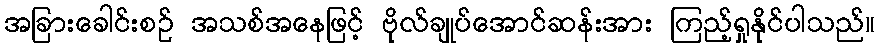
အခြားခေါင်းစဉ် အသစ်အနေဖြင့် ဗိုလ်ချုပ်အောင်ဆန်းအား ကြည့်ရှုနိုင်ပါသည်။